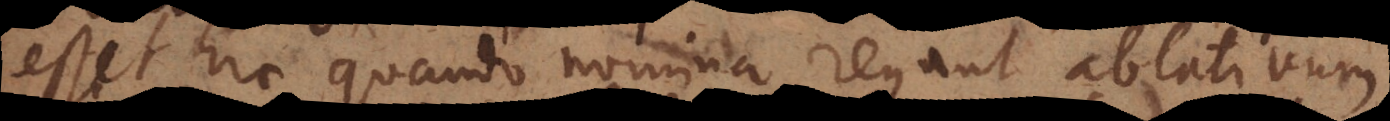
esset hic quando nomina regunt ablativum